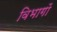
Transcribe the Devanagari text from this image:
विभागों